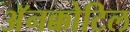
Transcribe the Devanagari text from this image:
अॅनक्कोटिल